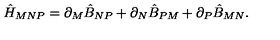
\hat { H } _ { M N P } = \partial _ { M } \hat { B } _ { N P } + \partial _ { N } \hat { B } _ { P M } + \partial _ { P } \hat { B } _ { M N } .